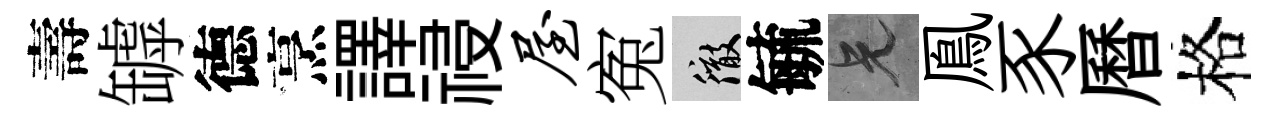
壽罅德烹譯祲屋寃徹毓兄鳯豕曆格